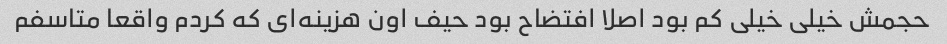
حجمش خیلی خیلی کم بود اصلا افتضاح بود حیف اون هزینه‌ای که کردم واقعا متاسفم